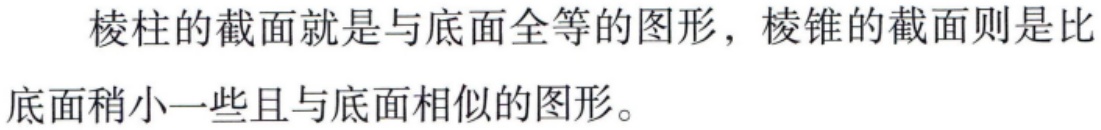
棱柱的截面就是与底面全等的图形，棱锥的截面则是比底面稍小一些且与底面相似的图形。